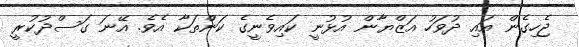
ޖެހިގެން އައި ދުވަހު އަޒްޔާން އުޅުނީ ކައިވެނީގެ ކަންތަކާ އެވެ. އޭނަ ގަސްދުކުރީ